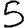
Digit: 5